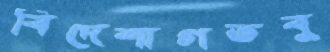
বিদেশাগতবু